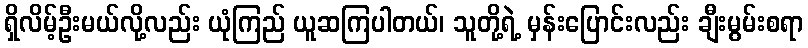
ရှိလိမ့်ဦးမယ်လို့လည်း ယုံကြည် ယူဆကြပါတယ်၊ သူတို့ရဲ့ မှန်းပြောင်းလည်း ချီးမွမ်းစရာ